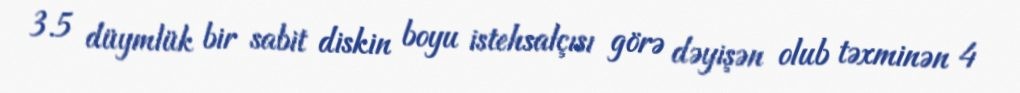
3.5 düymlük bir sabit diskin boyu istehsalçısı görə dəyişən olub təxminən 4